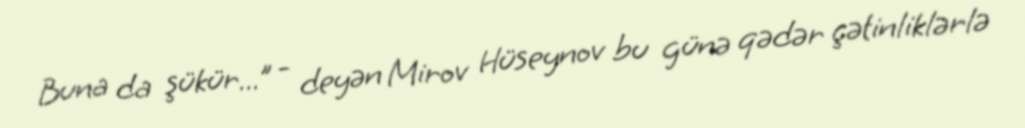
Buna da şükür...” - deyən Mirov Hüseynov bu günə qədər çətinliklərlə